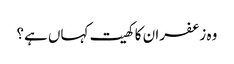
وہ زعفران کا کھیت کہاں ہے؟